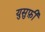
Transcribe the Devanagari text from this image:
युसुफ़ी